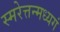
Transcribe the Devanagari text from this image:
स्मरेत्तन्मध्यगं